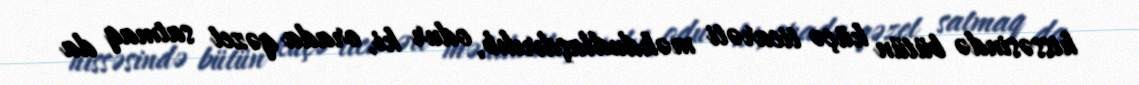
hissəsində bütün küçə ticarəti məhdudlaşdırılıb, odur ki, orada qəzet satmaq da